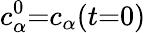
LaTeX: c_{\alpha}^{0}{=}c_{\alpha}(t{=}0)